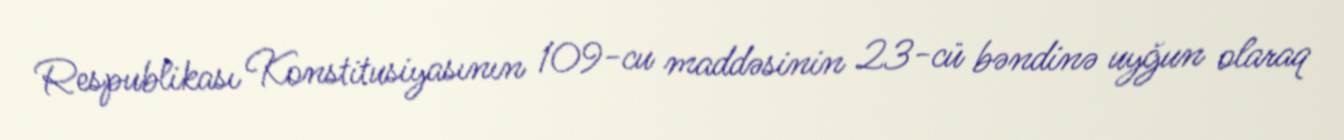
Respublikası Konstitusiyasının 109-cu maddəsinin 23-cü bəndinə uyğun olaraq